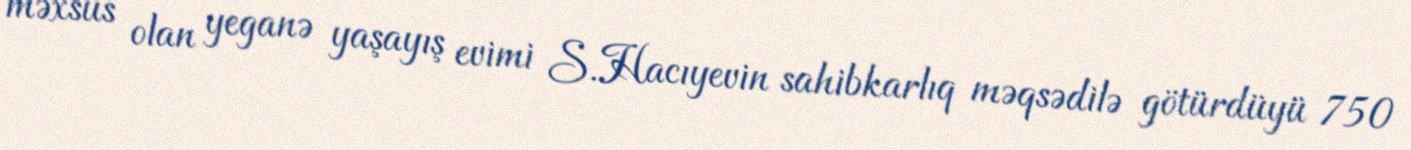
məxsus olan yeganə yaşayış evimi S.Hacıyevin sahibkarlıq məqsədilə götürdüyü 750